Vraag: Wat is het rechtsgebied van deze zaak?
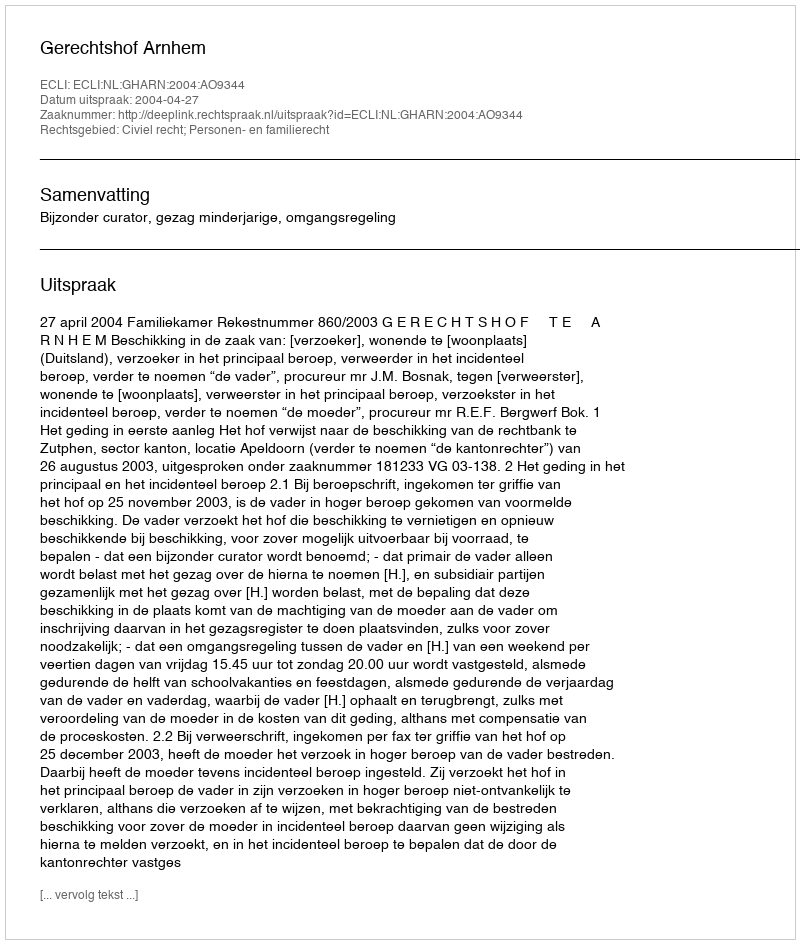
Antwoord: Civiel recht; Personen- en familierecht